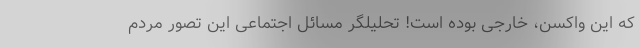
که این واکسن، خارجی بوده است! تحلیلگر مسائل اجتماعی این تصور مردم